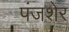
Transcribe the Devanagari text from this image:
पंजशेर